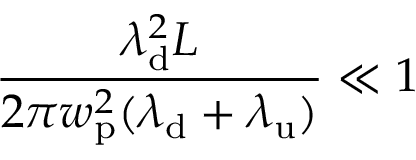
\frac { \lambda _ { \mathrm { d } } ^ { 2 } L } { 2 \pi w _ { \mathrm { p } } ^ { 2 } ( \lambda _ { \mathrm { d } } + \lambda _ { \mathrm { u } } ) } \ll 1